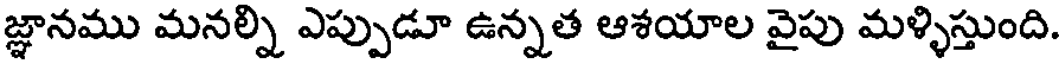
జ్ఞానము మనల్ని ఎప్పుడూ ఉన్నత ఆశయాల వైపు మళ్ళిస్తుంది.